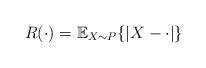
LaTeX: \begin{align*} R(\cdot) = \mathbb{E}_{X \sim P}\{|X-\cdot|\} \end{align*}